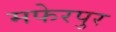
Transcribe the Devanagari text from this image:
मफेरपुर